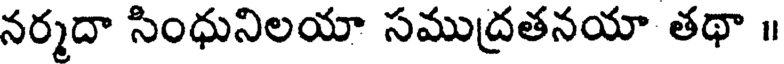
నర్మదా సింధునిలయా సముద్రతనయా తథా ॥